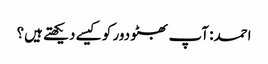
احمد: آپ بھٹو دور کو کیسے دیکھتے ہیں؟